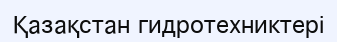
Қазақстан гидротехниктері